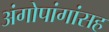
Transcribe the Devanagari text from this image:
अंगोपांगांसह